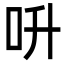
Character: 呏